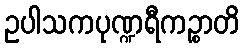
ဥပါသကပုဏ္ဍရီကဉ္စာတိ